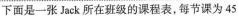
下面是一张 Jack 所在班级的课程表,每节课为 45